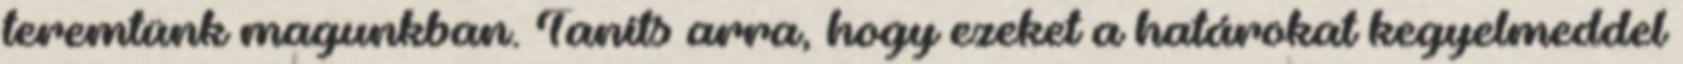
teremtünk magunkban. Taníts arra, hogy ezeket a határokat kegyelmeddel